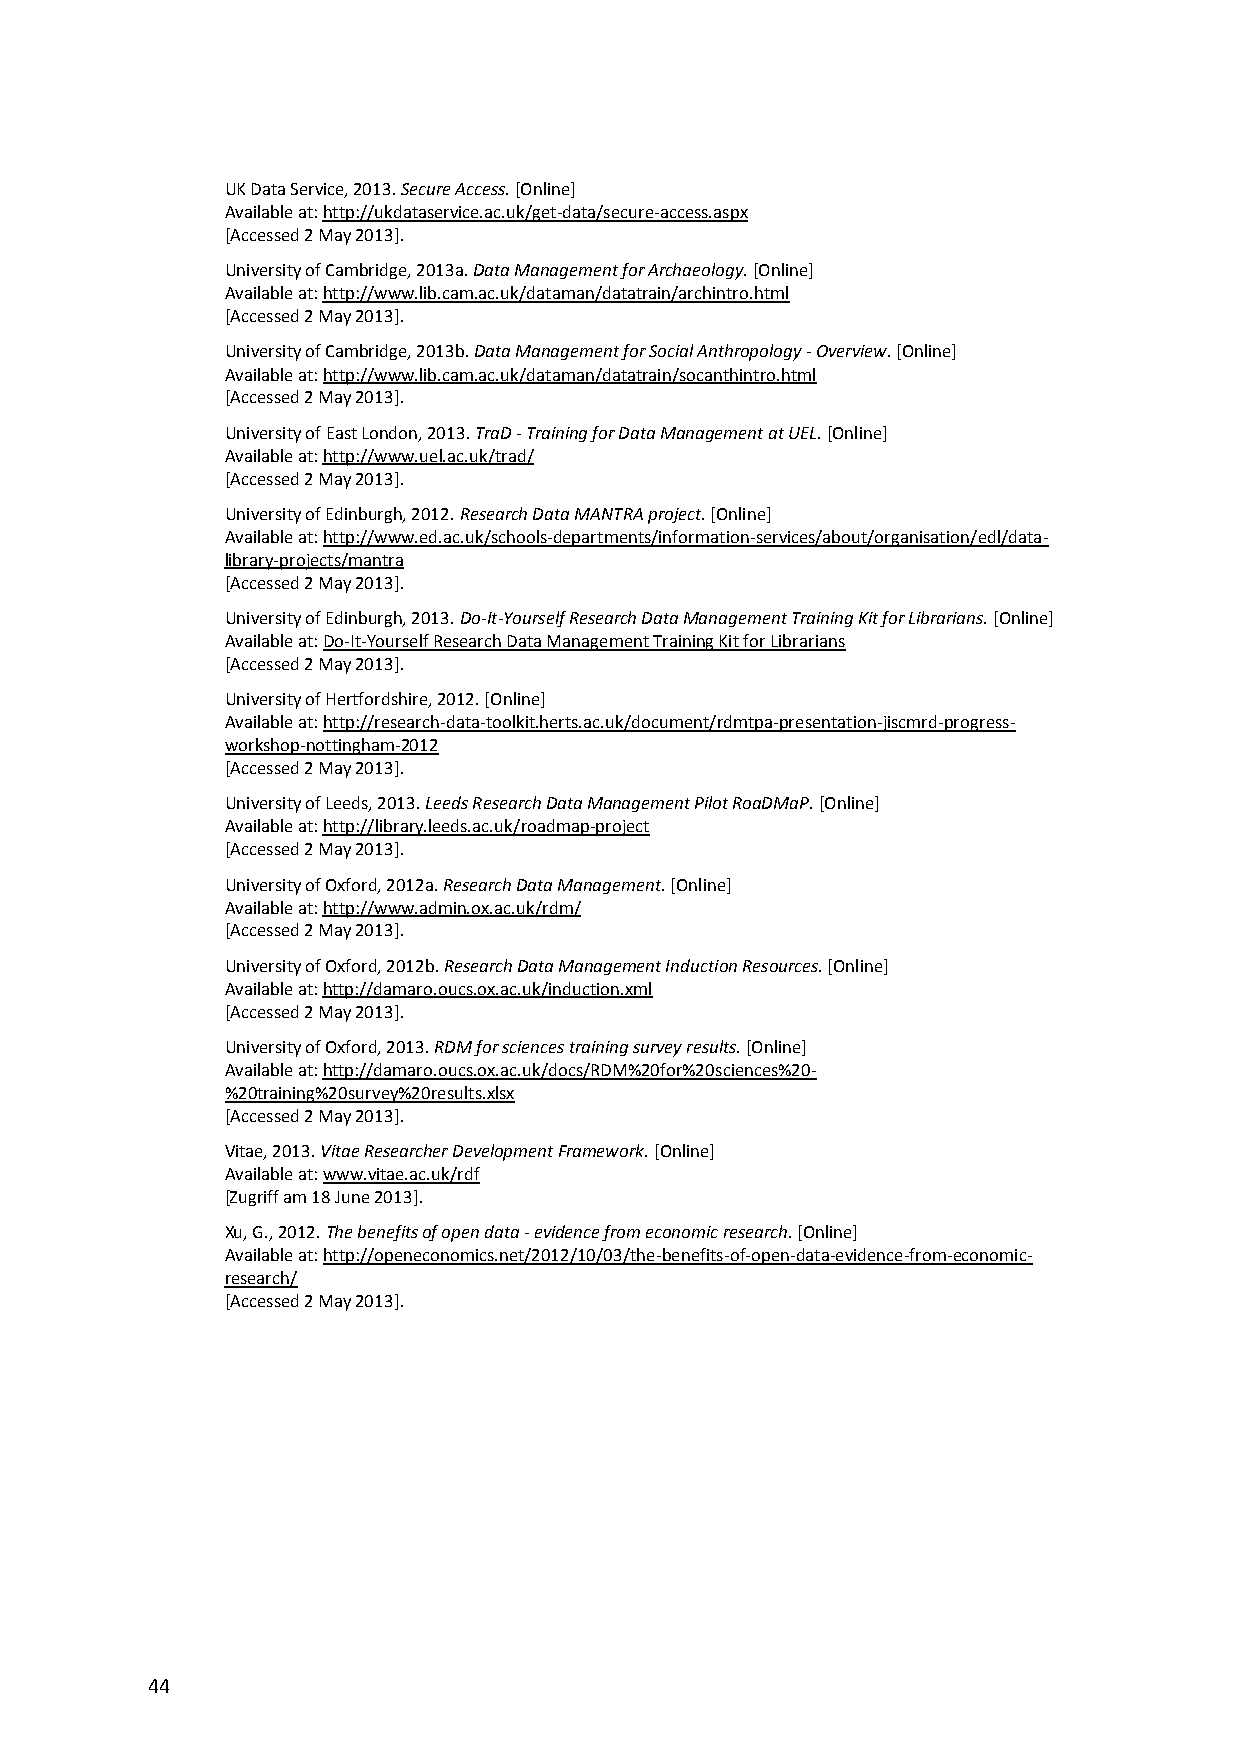
UK Data Service, 2013. Secure Access. [Online]
 Available at: http://ukdataservice.ac.uk/get-data/secure-access.aspx
 [Accessed 2 May 2013].
 University of Cambridge, 2013a. Data Management for Archaeology. [Online]
 Available at: http://www.lib.cam.ac.uk/dataman/datatrain/archintro.html
 [Accessed 2 May 2013].
 University of Cambridge, 2013b. Data Management for Social Anthropology - Overview. [Online]
 Available at: http://www.lib.cam.ac.uk/dataman/datatrain/socanthintro.html
 [Accessed 2 May 2013].
 University of East London, 2013. TraD - Training for Data Management at UEL. [Online]
 Available at: http://www.uel.ac.uk/trad/
 [Accessed 2 May 2013].
 University of Edinburgh, 2012. Research Data MANTRA project. [Online]
 Available at: http://www.ed.ac.uk/schools-departments/information-services/about/organisation/edl/data-
 library-projects/mantra
 [Accessed 2 May 2013].
 University of Edinburgh, 2013. Do-It-Yourself Research Data Management Training Kit for Librarians. [Online]
 Available at: Do-It-Yourself Research Data Management Training Kit for Librarians
 [Accessed 2 May 2013].
 University of Hertfordshire, 2012. [Online]
 Available at: http://research-data-toolkit.herts.ac.uk/document/rdmtpa-presentation-jiscmrd-progress-
 workshop-nottingham-2012
 [Accessed 2 May 2013].
 University of Leeds, 2013. Leeds Research Data Management Pilot RoaDMaP. [Online]
 Available at: http://library.leeds.ac.uk/roadmap-project
 [Accessed 2 May 2013].
 University of Oxford, 2012a. Research Data Management. [Online]
 Available at: http://www.admin.ox.ac.uk/rdm/
 [Accessed 2 May 2013].
 University of Oxford, 2012b. Research Data Management Induction Resources. [Online]
 Available at: http://damaro.oucs.ox.ac.uk/induction.xml
 [Accessed 2 May 2013].
 University of Oxford, 2013. RDM for sciences training survey results. [Online]
 Available at: http://damaro.oucs.ox.ac.uk/docs/RDM%20for%20sciences%20-
 %20training%20survey%20results.xlsx
 [Accessed 2 May 2013].
 Vitae, 2013. Vitae Researcher Development Framework. [Online]
 Available at: www.vitae.ac.uk/rdf
 [Zugriff am 18 June 2013].
 Xu, G., 2012. The benefits of open data - evidence from economic research. [Online]
 Available at: http://openeconomics.net/2012/10/03/the-benefits-of-open-data-evidence-from-economic-
 research/
 [Accessed 2 May 2013].
 44